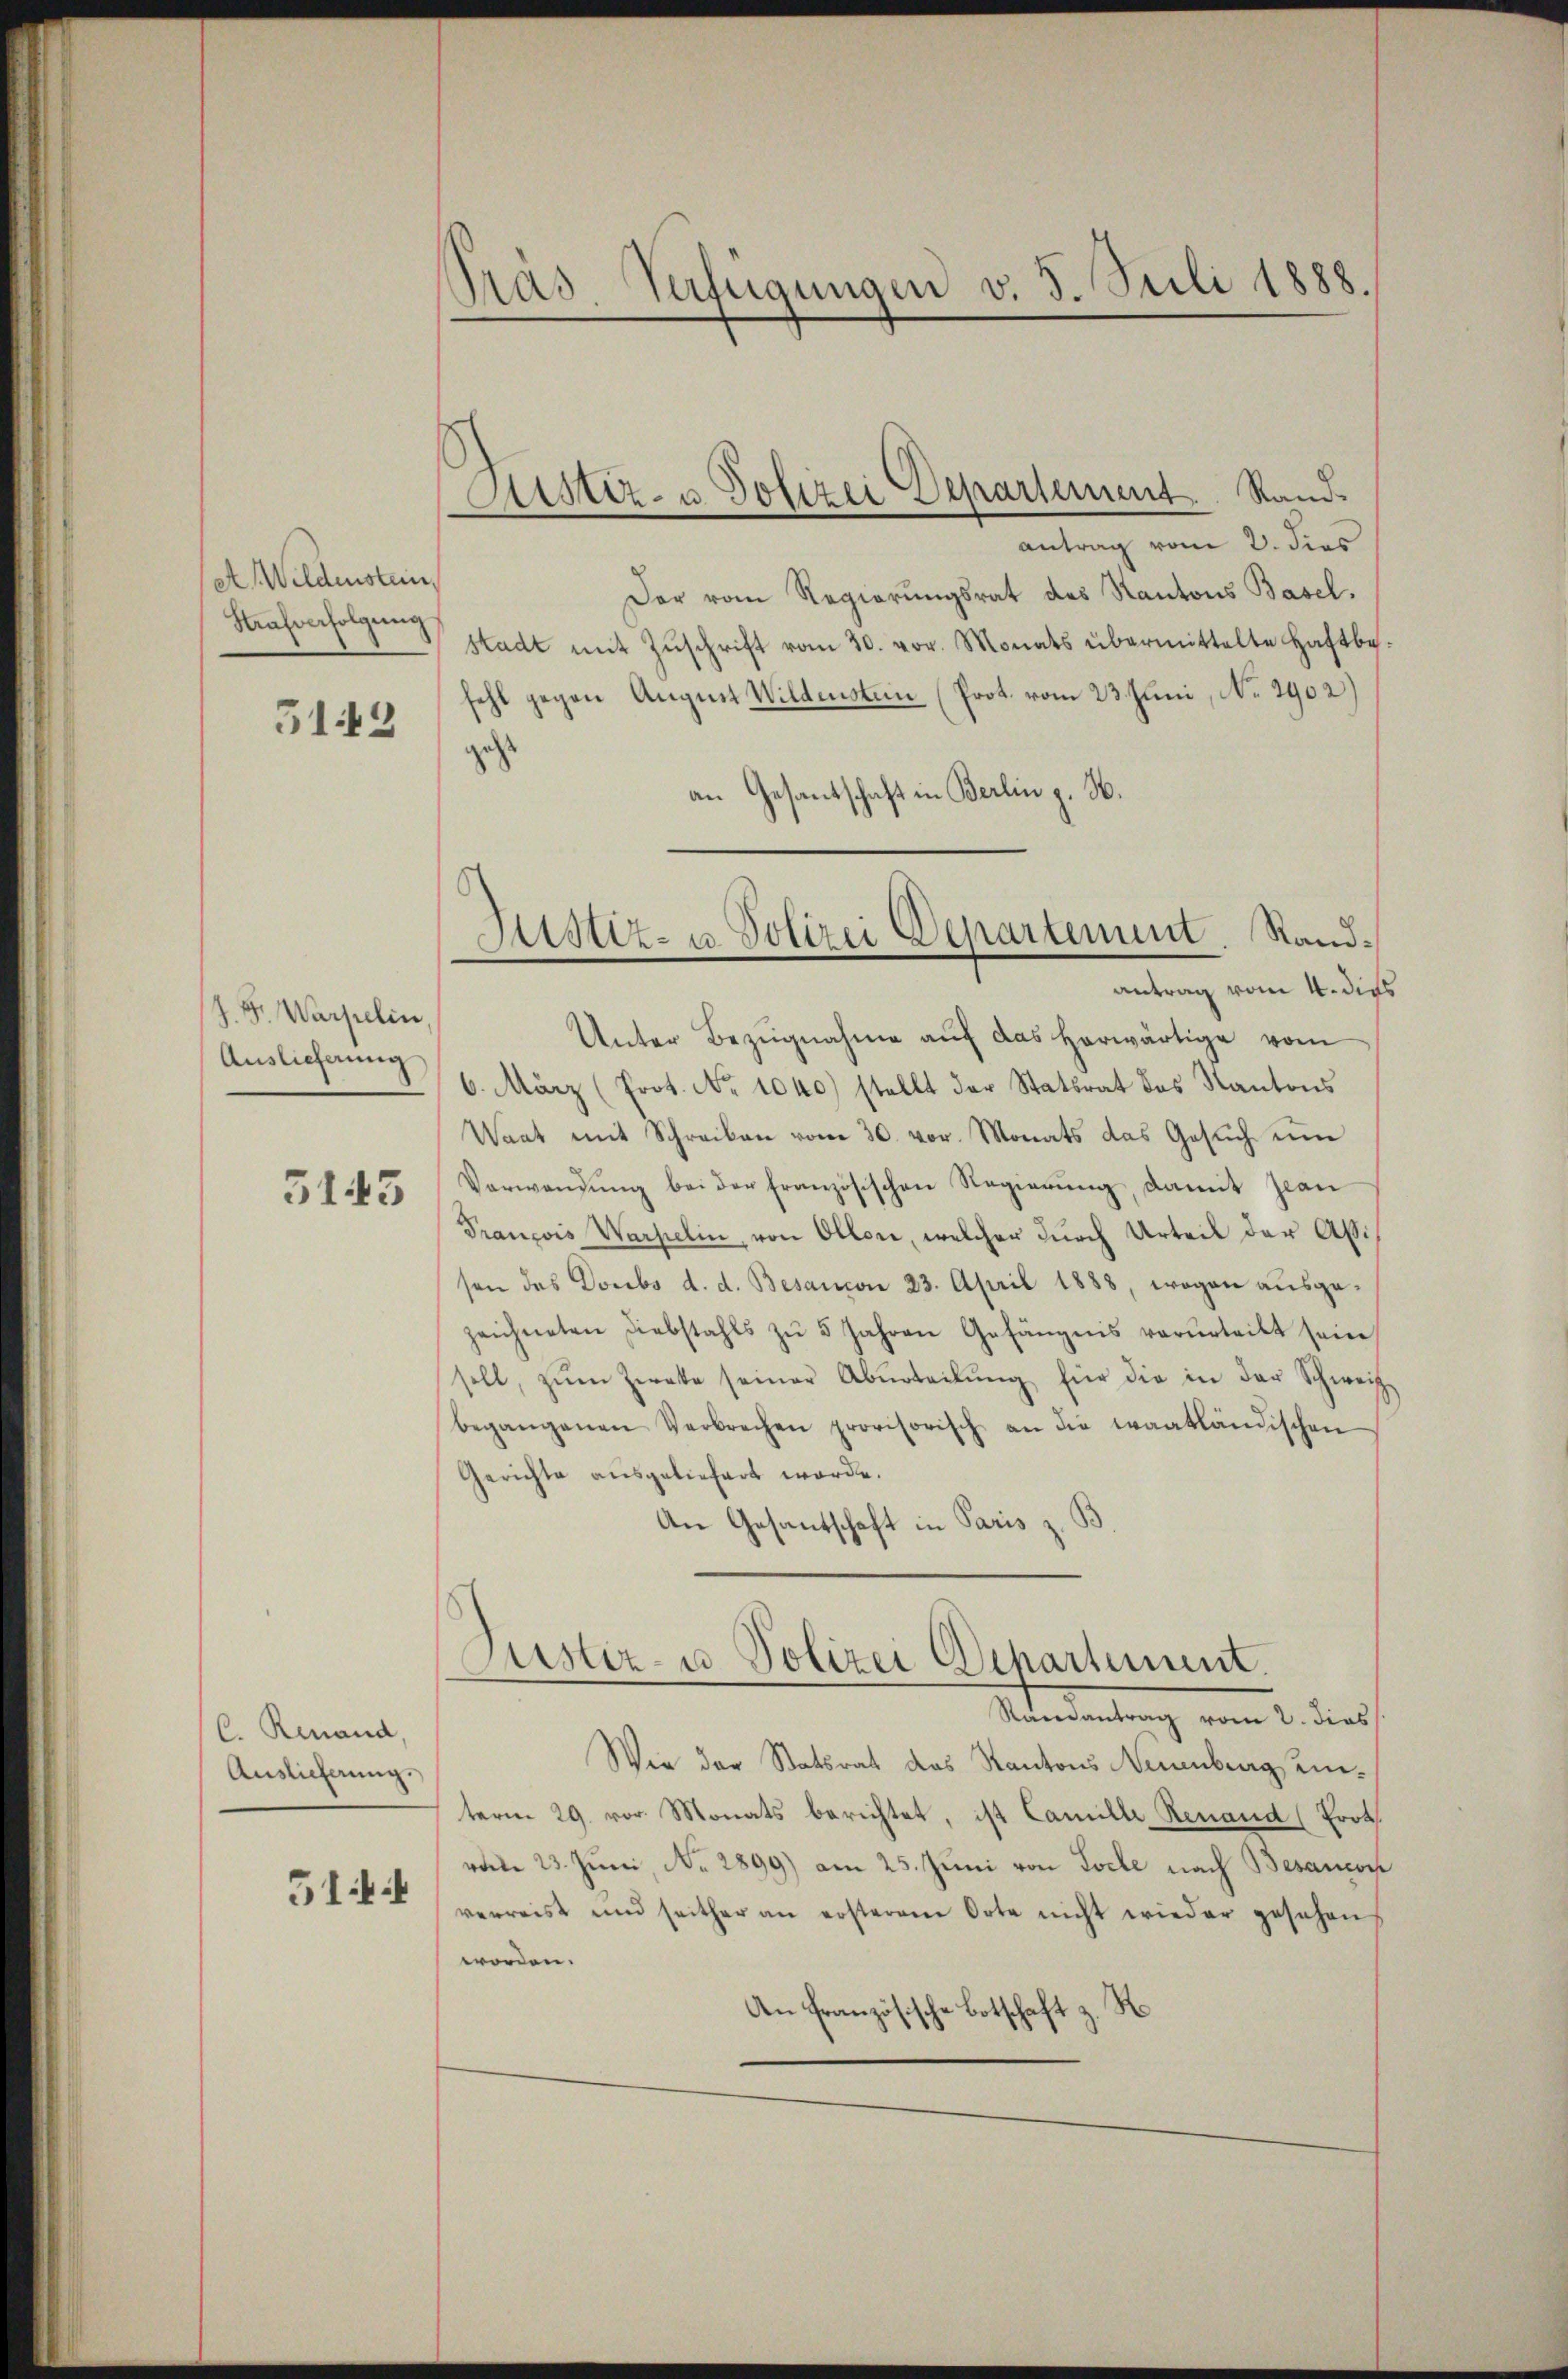
(et Wildenstein
Strafverfolgung

513

J. F. Warpelin,
Auslieferung

5145

C. Renaud,
Auslieferung.

514

Pras-Verfügungen v. 5. Juli 1888.

Der vom Regierungsrat des Kantons Basel.
stadt mit Zŭschrift vom 30. vor. Monats übermittelte Haftbe
fehl gegen August Wildenstein (Prot. vom 23. Juni, No 1902
gest
an Gesantschaft in Berlin z. H.
Unter Bezugnahme auf das herwärtige vom
6. März (Prot. No 1040) stellt der Statsrat des Kantons
Waat mit Schreiben vom 30. vor. Monats das Gesŭch um
Verwendŭng bei der französischen Regierŭng, damit zwan
Prançois Warpelin, von Oller, welcher durch Urteil der Absen des Doubs d. d. Besanon 23. April 1888, wogen ausgezeichneten Diebstahls zŭ 5 Jahren Gefängnis verurteilt sein
soll, zŭm Zweke seiner Abŭrteilŭng für die in der Schweiz
begangenen Verbrechen provisorisch an die taatländischen
Gerichte ausgeliefert werde.
An Gesantschaft in Paris z.

Sistiz- u Polizei Departement. Rand.
antrag vom 2. dies

Justiz- u Polizei Departement. Standantrag vom 4. dieß

ustiz- u Polizei Departement.
Randantrag vom 2. dies

Wie der Statsrat das Kantons Neuenburg einterm 29. vor. Monats berichtet, ist Camille Renaud (Prot
rate 23. Juni, No. 2899) am 25. Juni von Loche nach Besancon
verreist und seither an ersterem Orte nicht wieder gesehen
worden.
d
An Französische Botschaft z.